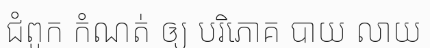
ជំពូក កំណត់ ឲ្យ បរិភោគ បាយ លាយ